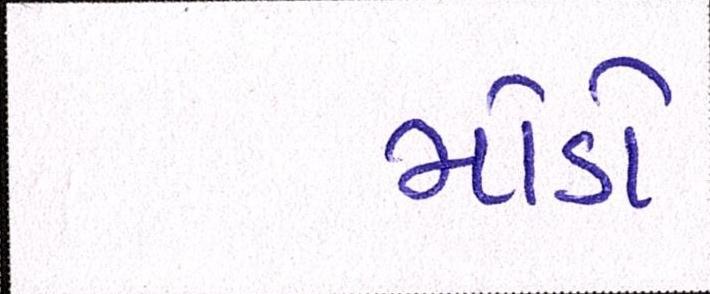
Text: મોડો